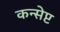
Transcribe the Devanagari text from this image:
कन्सेप्ट